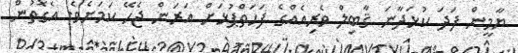
ޔާމީން ފަދަ ކުޅަދާނަ ޤާބިލް ވެރިއެއްގެ ފަހަތްޕުޅަށް އަރަން ޖެހޭ ކަމަށެވެ. އެގޮތުން